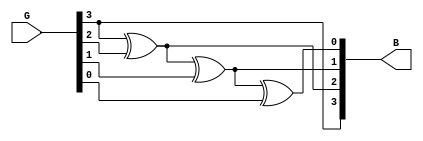
`timescale 1ns / 1ps
//////////////////////////////////////////////////////////////////////////////////
// Company: 
// Engineer: 
// 
// Design Name: 
// Module Name:    graytobinary 
// Project Name: 
// Target Devices: 
// Tool versions: 
// Description: 
//
// Dependencies: 
//
// Revision: 
// Revision 0.01 - File Created
// Additional Comments: 
//
//////////////////////////////////////////////////////////////////////////////////
module graytobinary(G,B);
input [3:0] G;
output[3:0] B;

assign B[3]=G[3];
assign B[2]=G[3]^G[2];
assign B[1]=G[3]^G[2]^G[1];
assign B[0]=G[3]^G[2]^G[1]^G[0];

endmodule